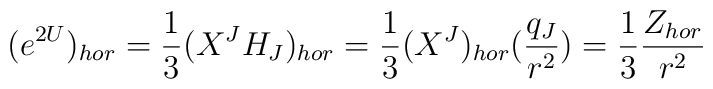
(e^{2U})_{hor}={1\over 3}(X^JH_J)_{hor}={1\over 3}(X^J)_{hor}({q_J\over r^2})={1\over 3}{Z_{hor}\over r^2}